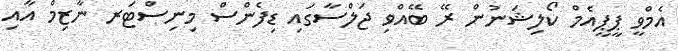
އެމްވީ ޕީޕީއެމް ކޯލިޝަނުން ރޭ ބޭއްވި ޖަލްސާގައި ޑިފެންސް މިނިސްޓަރ ނާޒިމް އާއި